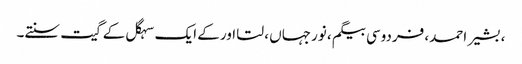
، بشیر احمد، فردوسی بیگم ، نورجہاں ، لتا اور کے ایک سہگل کے گیت سنتے۔